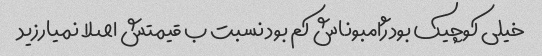
خیلی کوچیک بود ژامبوناش کم بود نسبت ب قیمتش اصلا نمیارزید